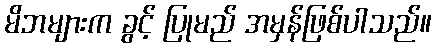
မိဘများက ခွင့် ပြုမည် အမှန်ဖြစ်ပါသည်။